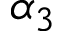
\alpha _ { 3 }